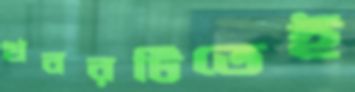
খবরটিতেই